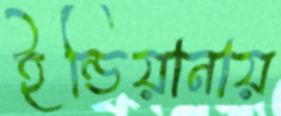
ইন্ডিয়ানায়